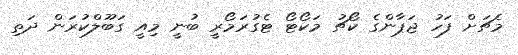
މެޗަށް ފަހު ޖަޕާންގެ ކޯޗު މަކޯޓޯ ޓެގުރަމޯރީ ބުނީ މިއީ ގަބޫލްކުރަން ދަތި